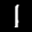
Label: 1